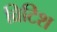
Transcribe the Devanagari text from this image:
व्रिटिश